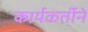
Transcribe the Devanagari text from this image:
कार्यकर्तीने